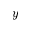
y